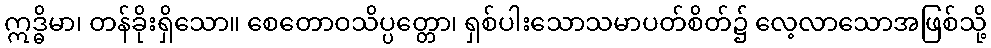
ဣဒ္ဓိမာ၊ တန်ခိုးရှိသော။ စေတောဝသိပ္ပတ္တော၊ ရှစ်ပါးသောသမာပတ်စိတ်၌ လေ့လာသောအဖြစ်သို့